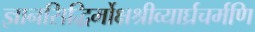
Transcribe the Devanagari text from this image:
ज्ञानसिद्धिर्मोक्षश्रीव्यार्घ्रचर्मणि